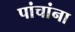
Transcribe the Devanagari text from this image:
पांचांना